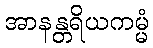
အာနန္တရိယကမ္မံ